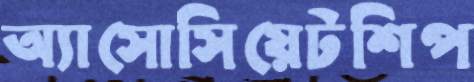
অ্যাসোসিয়েটশিপ